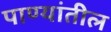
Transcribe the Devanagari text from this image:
पाण्यांतील